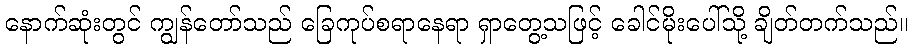
နောက်ဆုံးတွင် ကျွန်တော်သည် ခြေကုပ်စရာနေရာ ရှာတွေ့သဖြင့် ခေါင်မိုးပေါ်သို့ ချိတ်တက်သည်။